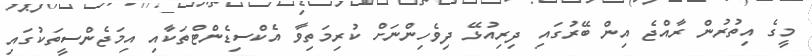
މީގެ އިތުރުން ރާއްޖެ އިން ބޭރުގައި ދިރިއުޅޭ ދިވެހިންނަށް ކުރިމަތިވާ އެކްސިޑެންޓްތަކާއި އިމަޖެންސީތަކުގައި